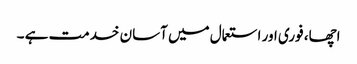
اچھا، فوری اور استعمال میں آسان خدمت ہے ۔